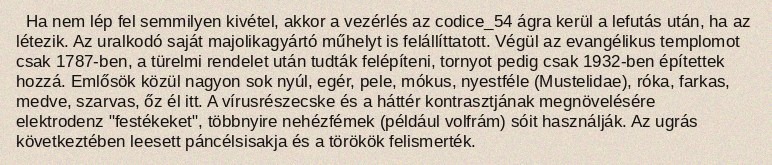
Ha nem lép fel semmilyen kivétel, akkor a vezérlés az codice_54 ágra kerül a lefutás után, ha az létezik. Az uralkodó saját majolikagyártó műhelyt is felállíttatott. Végül az evangélikus templomot csak 1787-ben, a türelmi rendelet után tudták felépíteni, tornyot pedig csak 1932-ben építettek hozzá. Emlősök közül nagyon sok nyúl, egér, pele, mókus, nyestféle (Mustelidae), róka, farkas, medve, szarvas, őz él itt. A vírusrészecske és a háttér kontrasztjának megnövelésére elektrodenz "festékeket", többnyire nehézfémek (például volfrám) sóit használják. Az ugrás következtében leesett páncélsisakja és a törökök felismerték.